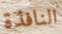
النافذة